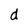
Character: d